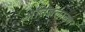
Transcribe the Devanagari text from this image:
अतिबलाढ्य